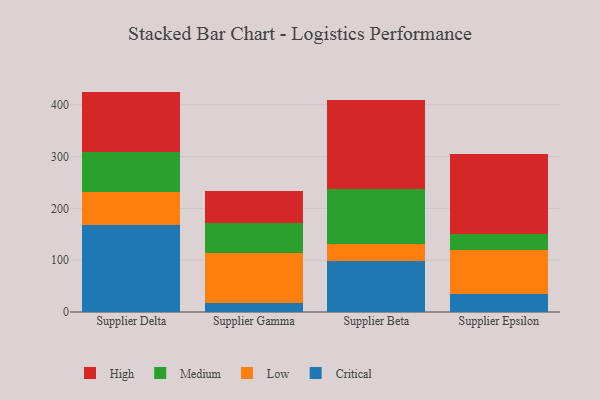
{"axis": {"x": "Supplier", "y": "Inventory Turnover"}, "legend": ["Critical", "High", "Low", "Medium"], "data": [{"x": "Supplier Delta", "y": 167.0, "type": "Critical"}, {"x": "Supplier Delta", "y": 65.0, "type": "Low"}, {"x": "Supplier Delta", "y": 76.2, "type": "Medium"}, {"x": "Supplier Delta", "y": 117.0, "type": "High"}, {"x": "Supplier Gamma", "y": 17.9, "type": "Critical"}, {"x": "Supplier Gamma", "y": 95.5, "type": "Low"}, {"x": "Supplier Gamma", "y": 58.2, "type": "Medium"}, {"x": "Supplier Gamma", "y": 60.9, "type": "High"}, {"x": "Supplier Beta", "y": 98.2, "type": "Critical"}, {"x": "Supplier Beta", "y": 33.7, "type": "Low"}, {"x": "Supplier Beta", "y": 104.5, "type": "Medium"}, {"x": "Supplier Beta", "y": 173.5, "type": "High"}, {"x": "Supplier Epsilon", "y": 35.1, "type": "Critical"}, {"x": "Supplier Epsilon", "y": 84.4, "type": "Low"}, {"x": "Supplier Epsilon", "y": 31.1, "type": "Medium"}, {"x": "Supplier Epsilon", "y": 153.9, "type": "High"}]}